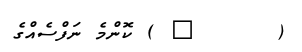
(      ٤ ) ކޮންމެ ނަފްސެއްގެ